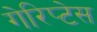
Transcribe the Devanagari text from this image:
गेरिप्टेस